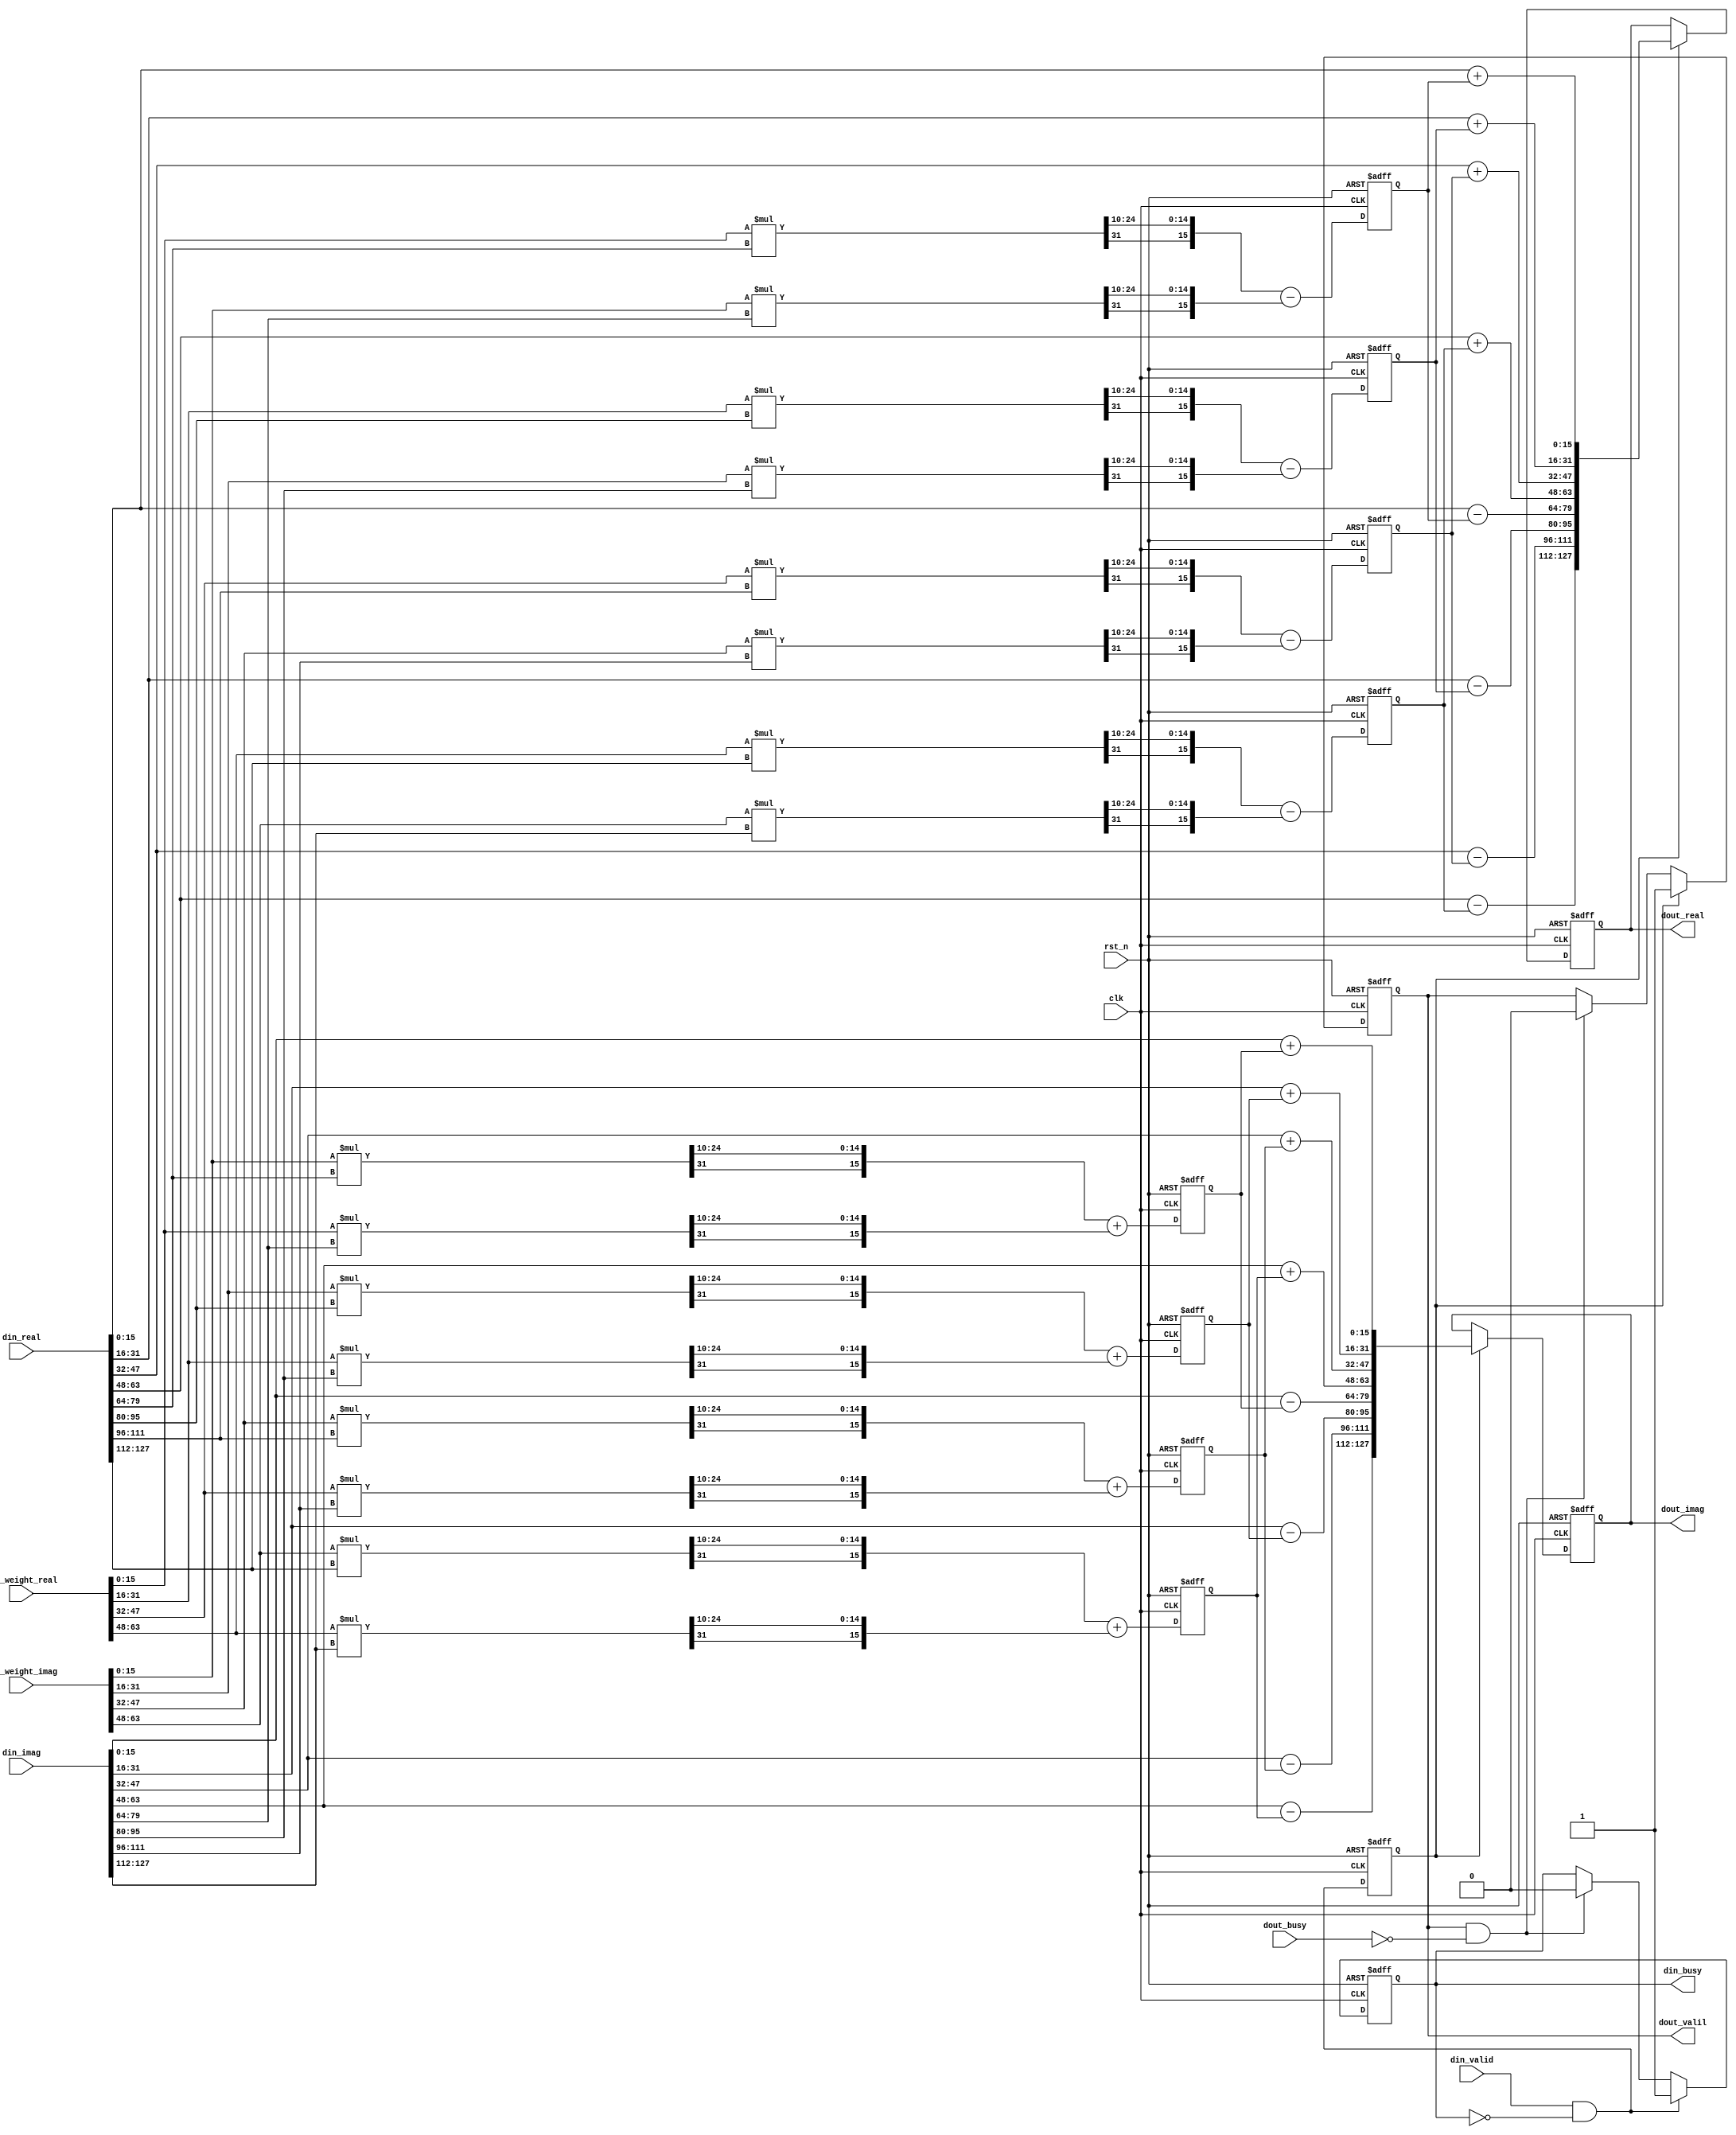
module butterfly#(
	parameter WIDTH = 16,
	parameter NPOINT = 3,
	parameter STEP = 2
) (
	input clk,    // Clock
	input rst_n,  // Asynchronous reset active low

	// input
	input din_valid,
	output reg din_busy,

	input [WIDTH * (2 ** NPOINT) - 1:0] din_real,
	input [WIDTH * (2 ** NPOINT) - 1:0] din_imag,

	// input [WIDTH * (2 ** NPOINT) - 1- 1:0] op2_real,
	// input [WIDTH * (2 ** NPOINT) - 1- 1:0] op2_imag,

	// output
	output reg dout_valil,
	input dout_busy,

	output reg [WIDTH * (2 ** NPOINT) - 1:0] dout_real,
	output reg [WIDTH * (2 ** NPOINT) - 1:0] dout_imag,

	// output reg [WIDTH * (2 ** NPOINT) - 1- 1:0] r2_real,
	// output reg [WIDTH * (2 ** NPOINT) - 1- 1:0] r2_imag
	// weight
	input [WIDTH * (2 ** (NPOINT-1)) - 1:0] din_weight_real,
	input [WIDTH * (2 ** (NPOINT-1)) - 1:0] din_weight_imag
);

localparam GL = 2 ** STEP;

wire din_tran = din_valid && !din_busy;
wire dout_tran = dout_valil && !dout_busy;

always @ (posedge clk or negedge rst_n) begin
	if(~rst_n) begin
		din_busy <= 'b0;
	end else if(din_tran) begin
		din_busy <= 1'b1;
	end else if(dout_tran) begin
		din_busy <= 'b0;
	end
end

reg din_valid_lock;
always @ (posedge clk or negedge rst_n) begin
	if(~rst_n) begin
		din_valid_lock <= 'b0;
	end else begin
		din_valid_lock <= din_tran;
	end
end

always @ (posedge clk or negedge rst_n) begin
	if(~rst_n) begin
		dout_valil <= 'b0;
	end else if(din_valid_lock) begin
		dout_valil <= 1'b1;
	end else if(dout_tran) begin
		dout_valil <= 'b0;
	end
end

// input reshape
// genvar input_i;
// wire [WIDTH - 1:0] this_data_real [2 ** NPOINT - 1:0];
// wire [WIDTH - 1:0] this_data_imag [2 ** NPOINT - 1:0];
// generate
// 	// if(STEP == 0) begin:is_first
// 	for (input_i = 0; input_i < 2 ** NPOINT; input_i = input_i + 1) begin:reshape_din
// // 			// wire [NPOINT - 1:0]tmp = input_i;
// // 			assign this_data_real[input_i[0:NPOINT-1] * WIDTH +: WIDTH] = din_real[input_i * WIDTH +: WIDTH];
// // 			assign this_data_real[input_i[0:NPOINT-1] * WIDTH +: WIDTH] = din_imag[input_i * WIDTH +: WIDTH];
// // 		end
// // 	end else begin
// 		assign this_data_real[input_i] = din_real[input_i];
// 		assign this_data_imag[input_i] = din_imag[input_i];
// 	end
// endgenerate


// split
genvar split_i;
wire [WIDTH - 1:0] din_data_real [2 ** NPOINT - 1:0];
wire [WIDTH - 1:0] din_data_imag [2 ** NPOINT - 1:0];

wire signed [WIDTH - 1:0] weight_real [2 ** (NPOINT - 1) - 1:0];
wire signed [WIDTH - 1:0] weight_imag [2 ** (NPOINT - 1) - 1:0];

wire signed [WIDTH - 1:0] butterfly_op1_real [2 ** (NPOINT - 1) - 1:0];
wire signed [WIDTH - 1:0] butterfly_op1_imag [2 ** (NPOINT - 1) - 1:0];
wire signed [WIDTH - 1:0] butterfly_op2_real [2 ** (NPOINT - 1) - 1:0];
wire signed [WIDTH - 1:0] butterfly_op2_imag [2 ** (NPOINT - 1) - 1:0];
generate
	for (split_i = 0; split_i < 2 ** NPOINT; split_i = split_i + 1) begin:split_din
		assign din_data_real[split_i] = din_real[split_i * WIDTH +: WIDTH];
		assign din_data_imag[split_i] = din_imag[split_i * WIDTH +: WIDTH];
	end

	for (split_i = 0; split_i < 2 ** (NPOINT - 1); split_i = split_i + 1) begin:con_din
		assign weight_real[split_i]		   = din_weight_real[ split_i*WIDTH +: WIDTH ];
		assign weight_imag[split_i]		   = din_weight_imag[ split_i*WIDTH +: WIDTH ];
		assign butterfly_op1_real[split_i] = din_data_real[ (split_i >> STEP) * 2 * GL + split_i % GL ];
		assign butterfly_op1_imag[split_i] = din_data_imag[ (split_i >> STEP) * 2 * GL + split_i % GL ];
		assign butterfly_op2_real[split_i] = din_data_real[ (split_i >> STEP) * 2 * GL + split_i % GL + GL ];
		assign butterfly_op2_imag[split_i] = din_data_imag[ (split_i >> STEP) * 2 * GL + split_i % GL + GL ];
	end
endgenerate

wire signed [WIDTH - 1:0] butterfly_r1_real [2 ** (NPOINT - 1) - 1:0];
wire signed [WIDTH - 1:0] butterfly_r1_imag [2 ** (NPOINT - 1) - 1:0];
wire signed [WIDTH - 1:0] butterfly_r2_real [2 ** (NPOINT - 1) - 1:0];
wire signed [WIDTH - 1:0] butterfly_r2_imag [2 ** (NPOINT - 1) - 1:0];
reg signed [WIDTH - 1:0] butterfly_tmp_real [2 ** (NPOINT - 1) - 1:0];
reg signed [WIDTH - 1:0] butterfly_tmp_imag [2 ** (NPOINT - 1) - 1:0];
genvar compute_i;
generate
	for (compute_i = 0; compute_i < 2 ** (NPOINT - 1); compute_i = compute_i + 1) begin:compute
		
		wire signed [2 * WIDTH - 1:0] tmp11 = weight_real[compute_i] * butterfly_op2_real[compute_i];
		wire signed [2 * WIDTH - 1:0] tmp12 = weight_imag[compute_i] * butterfly_op2_imag[compute_i];
		wire signed [2 * WIDTH - 1:0] tmp21 = weight_imag[compute_i] * butterfly_op2_real[compute_i];
		wire signed [2 * WIDTH - 1:0] tmp22 = weight_real[compute_i] * butterfly_op2_imag[compute_i];

		always @(posedge clk or negedge rst_n) begin
			if(~rst_n) begin
			 	butterfly_tmp_real[compute_i] <= 'b0;
			 	butterfly_tmp_imag[compute_i] <= 'b0;
			end else begin
			 	butterfly_tmp_real[compute_i] <= {tmp11[2*WIDTH-1],tmp11[10 +: WIDTH-1]} - {tmp12[2*WIDTH-1],tmp12[10 +: WIDTH-1]};
			 	butterfly_tmp_imag[compute_i] <= {tmp21[2*WIDTH-1],tmp21[10 +: WIDTH-1]} + {tmp22[2*WIDTH-1],tmp22[10 +: WIDTH-1]};
			end
		end

		assign butterfly_r1_real[compute_i] = butterfly_op1_real[compute_i] + butterfly_tmp_real[compute_i];
		assign butterfly_r1_imag[compute_i] = butterfly_op1_imag[compute_i] + butterfly_tmp_imag[compute_i];

		assign butterfly_r2_real[compute_i] = butterfly_op1_real[compute_i] - butterfly_tmp_real[compute_i];
		assign butterfly_r2_imag[compute_i] = butterfly_op1_imag[compute_i] - butterfly_tmp_imag[compute_i];

	end
endgenerate

// allocation
genvar allocation_i;
wire [WIDTH - 1:0] dout_data_real [2 ** NPOINT - 1:0];
wire [WIDTH - 1:0] dout_data_imag [2 ** NPOINT - 1:0];
wire [WIDTH * (2 ** NPOINT) - 1:0] dout_real_com;
wire [WIDTH * (2 ** NPOINT) - 1:0] dout_imag_com;
generate
	for (allocation_i = 0; allocation_i < 2 ** (NPOINT - 1); allocation_i = allocation_i + 1) begin:allocation_dout
		assign dout_data_real[ (allocation_i >> STEP) * 2 * GL + allocation_i % GL ] 		= 	butterfly_r1_real[allocation_i];
		assign dout_data_imag[ (allocation_i >> STEP) * 2 * GL + allocation_i % GL ] 		= 	butterfly_r1_imag[allocation_i];
		assign dout_data_real[ (allocation_i >> STEP) * 2 * GL + allocation_i % GL + GL ] 	= 	butterfly_r2_real[allocation_i];
		assign dout_data_imag[ (allocation_i >> STEP) * 2 * GL + allocation_i % GL + GL ] 	= 	butterfly_r2_imag[allocation_i];
	end

	for (allocation_i = 0; allocation_i < 2 ** NPOINT; allocation_i = allocation_i + 1) begin:assign_dout
		assign dout_real_com[allocation_i * WIDTH +: WIDTH] = dout_data_real[allocation_i];
		assign dout_imag_com[allocation_i * WIDTH +: WIDTH] = dout_data_imag[allocation_i];
	end
endgenerate

// integer i;
always @ (posedge clk or negedge rst_n) begin
	if(~rst_n) begin
		dout_real <= 'b0;
		dout_imag <= 'b0;
	end else if(din_valid_lock) begin
		// for (i = 0; i < 2 ** NPOINT; i = i + 1) begin
		dout_real <= dout_real_com;
		dout_imag <= dout_imag_com;
		// end
	end
end

endmodule